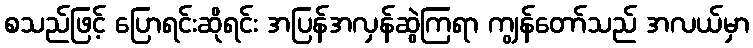
စသည်ဖြင့် ပြောရင်းဆိုရင်း အပြန်အလှန်ဆွဲကြရာ ကျွန်တော်သည် အလယ်မှာ